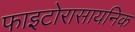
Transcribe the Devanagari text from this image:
फाइटोरासायनिक